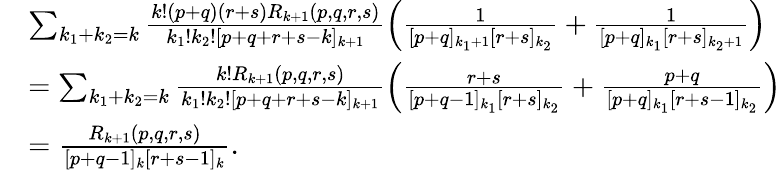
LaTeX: \begin{array}{rl}&{\sum_{k_{1}+k_{2}=k}\frac{k!(p+q)(r+s)R_{k+1}(p,q,r,s)}{k_{1}!k_{2}![p+q+r+s-k]_{k+1}}\left(\frac{1}{[p+q]_{k_{1}+1}[r+s]_{k_{2}}}+\frac{1}{[p+q]_{k_{1}}[r+s]_{k_{2}+1}}\right)}\\ &{=\sum_{k_{1}+k_{2}=k}\frac{k!R_{k+1}(p,q,r,s)}{k_{1}!k_{2}![p+q+r+s-k]_{k+1}}\left(\frac{r+s}{[p+q-1]_{k_{1}}[r+s]_{k_{2}}}+\frac{p+q}{[p+q]_{k_{1}}[r+s-1]_{k_{2}}}\right)}\\ &{=\frac{R_{k+1}(p,q,r,s)}{[p+q-1]_{k}[r+s-1]_{k}}.}\end{array}